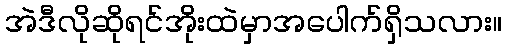
အဲဒီလိုဆိုရင်အိုးထဲမှာအပေါက်ရှိသလား။